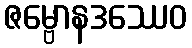
ဇမ္ဗောနဒဿေဝ